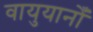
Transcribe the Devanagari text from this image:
वायुयानोँ